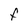
Character: F